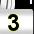
Digit: 3